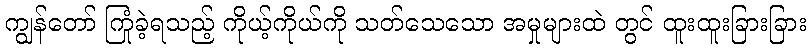
ကျွန်တော် ကြုံခဲ့ရသည့် ကိုယ့်ကိုယ်ကို သတ်သေသော အမှုများထဲ တွင် ထူးထူးခြားခြား